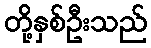
တို့နှစ်ဦးသည်